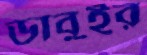
ডাবুইর